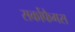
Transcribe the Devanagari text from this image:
सर्कोफैगस